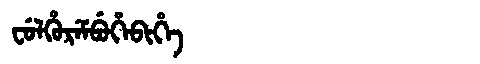
Manchu: ᠸᡠᠯᡥᡠᡵᡝᠮᠪᡠᡥᡝᠪᡳᡥᡝ
Romanization: FULHUREMBUHEBIHE